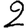
Digit: 2